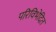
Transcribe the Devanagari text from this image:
परिविभेदित